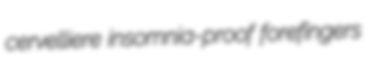
cervelliere insomnia-proof forefingers